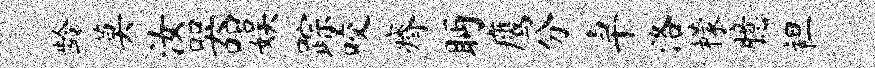
龄莫汝器娱踪咬瘠眄鹰分卓洛檬臆袒